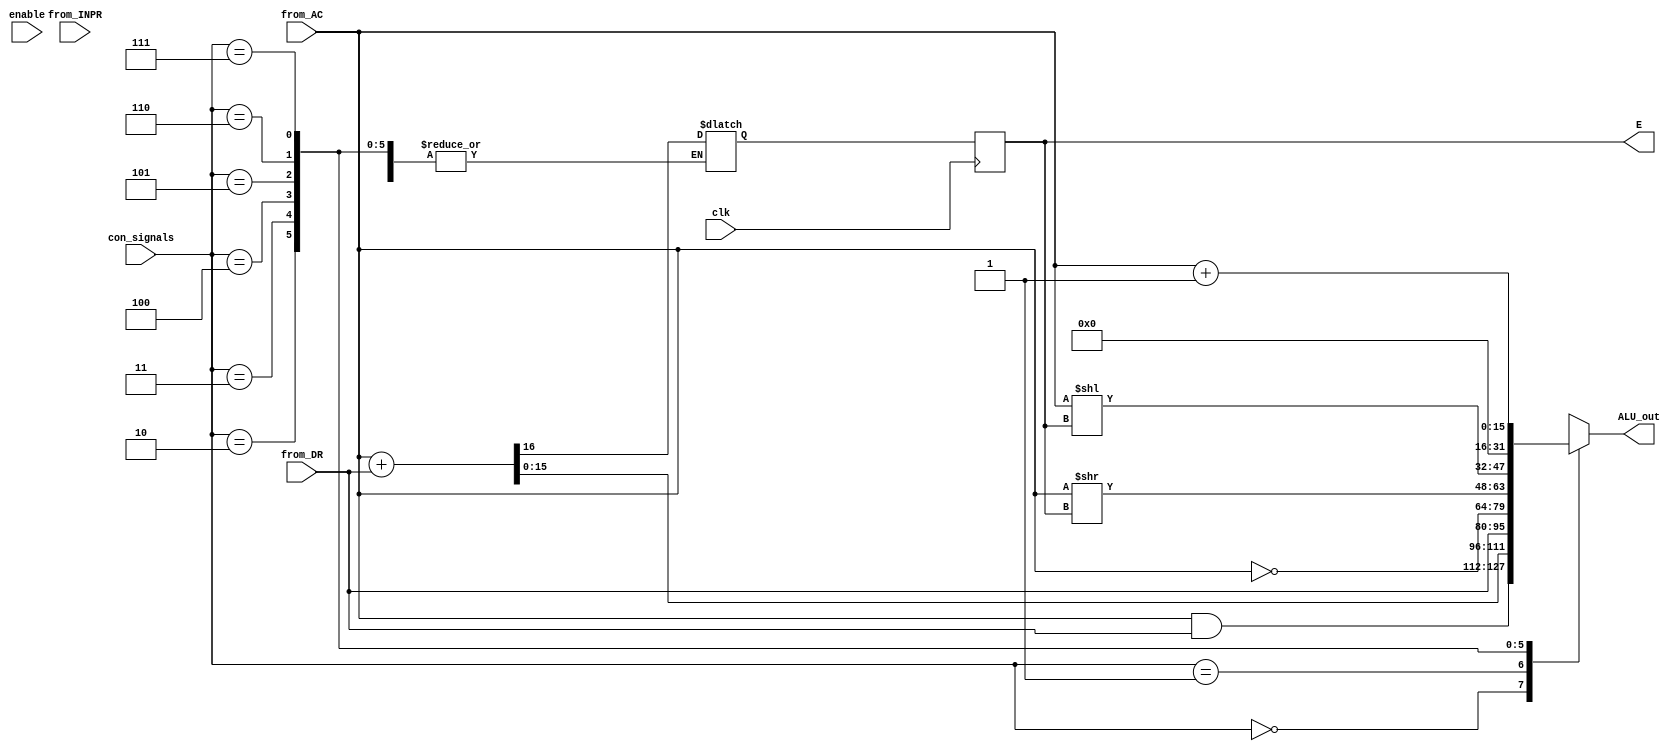



 module ALU(
                input [15:0]from_AC, from_DR,
                input [7:0] from_INPR,
		input clk,enable,
                input [2:0]con_signals,
                output [15:0] ALU_out,
                output reg E	);

   reg [15:0]AC;
   reg Cout;

    always @(posedge clk) begin
       E <= Cout; end
        
     always @(*) begin
        case(con_signals)
            3'd0 : AC = from_AC & from_DR ;
            3'd1 : {Cout,AC} = from_AC + from_DR;
            3'd2 : AC =  from_DR;
            3'd3 : AC = ~from_AC;
            3'd4 : AC = from_AC >> E;
            3'd5 : AC = from_AC << E;
            3'd6 : AC = 16'd0;
            3'd7 : AC = from_AC + 1;
        endcase
       end 
      //  assign ALU_out = enable ? AC : ALU_out ;
           assign ALU_out = AC;
  endmodule